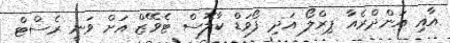
އާއި އަންދްރެއާ ޕިރްލޯ އަދި ފޯވަޑް ކާލޮސް ޓެވޭޒް އަށް ވަނީ ރެސްޓް